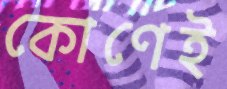
কোণেই